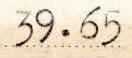
39.65